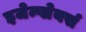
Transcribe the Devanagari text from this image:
इजेम्प्लेयर्स